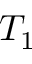
T _ { 1 }